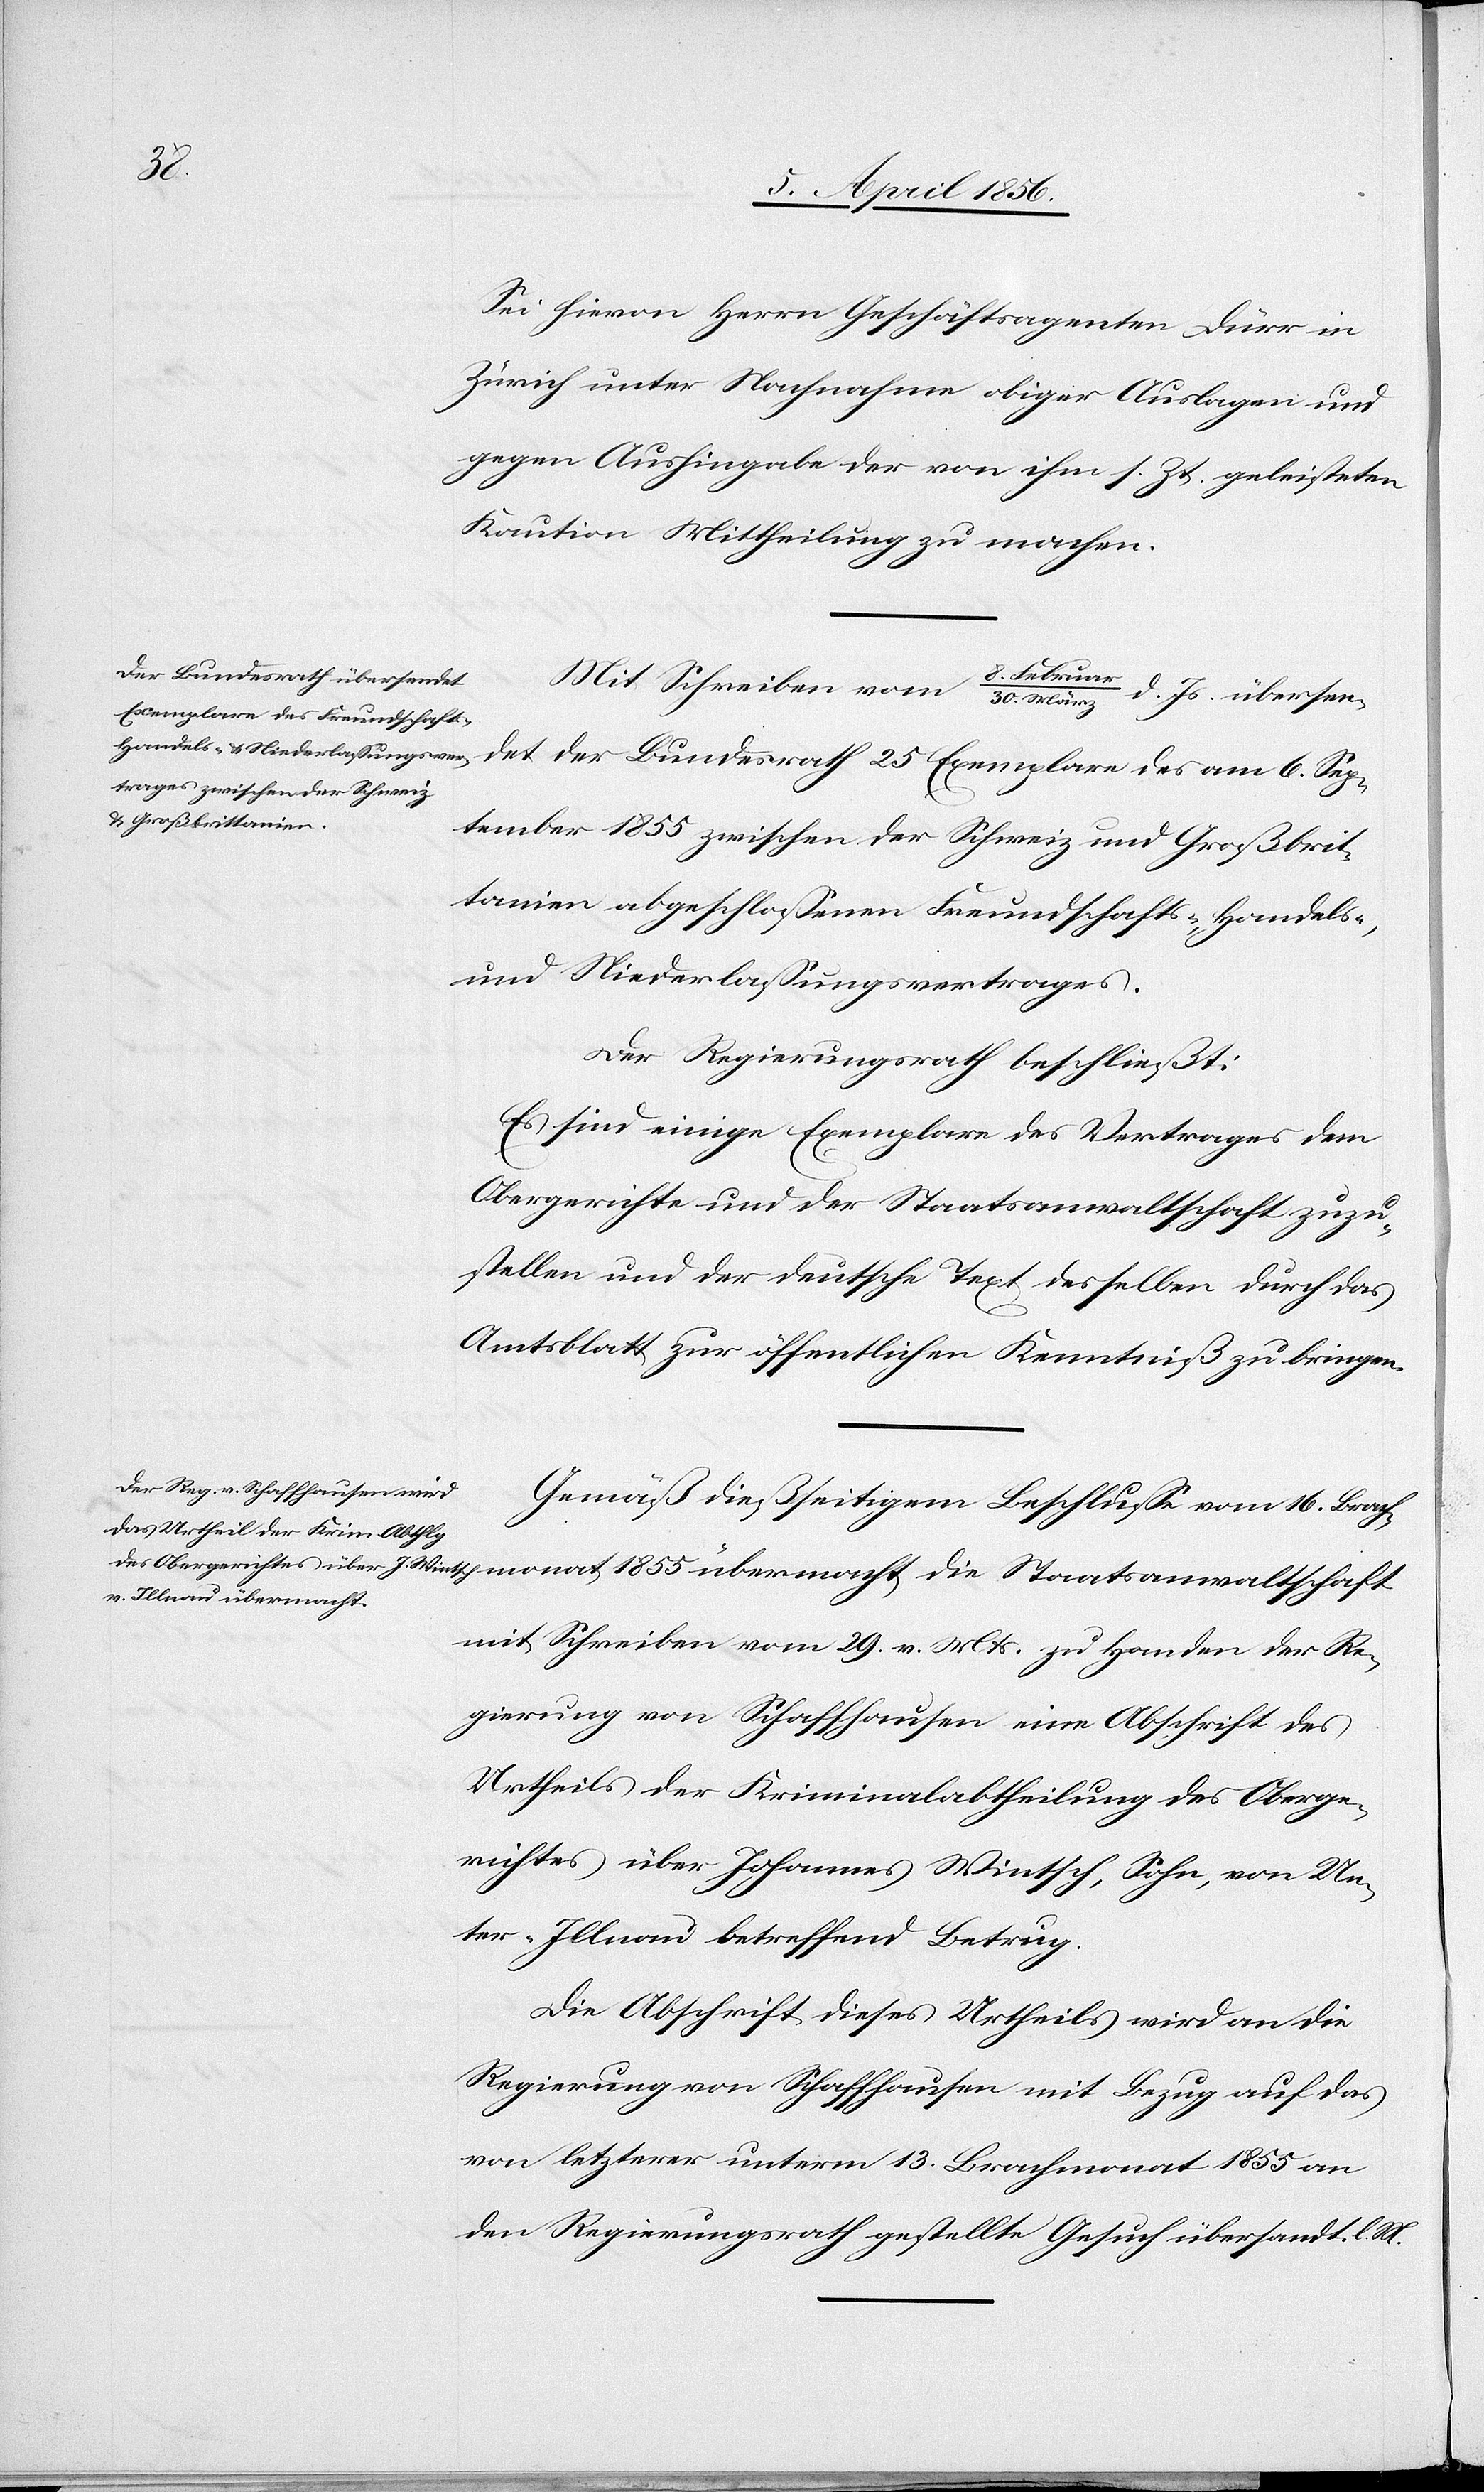
monat
Sei hievon Herrn Geschäftsagenten Dürr in
Zürich unter Nachnahme obiger Auslagen und
gegen Aushingabe der von ihm s. Zt. geleisteten
Kaution Mittheilung zu machen.
Mit Schreiben vom 8. Februar/30. März d. Js. übersendet
September 1855 zwischen der Schweiz und Großbrit¬
tanien abgeschlossenen Freundschafts-, Handels-,
und Niederlassungsvertrages.
Der Regierungsrath beschließt:
Es sind einige Exemplare des Vertrages dem
Obergerichte und der Staatsanwaltschaft zuzu¬
stellen und der deutsche Text desselben durch das
Amtsblatt zur öffentlichen Kenntniß zu bringen.
Gemäß dießseitigem Beschlusse vom 16. Brach¬
mit Schreiben vom 29. v. Mts. zu Handen der Re¬
gierung von Schaffhausen eine Abschrift des
Urtheils der Kriminalabtheilung des Oberge¬
richtes über Johannes Wintsch, Sohn, von Un¬
ter-Illnau betreffend Betrug.
Die Abschrift dieses Urtheils wird an die
Regierung von Schaffhausen mit Bezug auf das
von letzterer unterm 13. Brachmonat 1855 an
den Regierungsrath gestellte Gesuch übersandt. l.